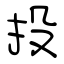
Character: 投